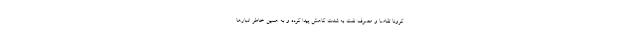
کرونا تقاضا و مصرف نفت به شدت کاهش پیدا کرده و به همین خاطر انبارها